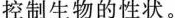
控制生物的性状。